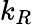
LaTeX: k_{R}